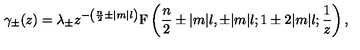
\gamma _ { \pm } ( z ) = \lambda _ { \pm } z ^ { - \left( \frac { n } 2 \pm | m | l \right) } \mathrm { F } \left( \frac { n } 2 \pm | m | l , \pm | m | l ; 1 \pm 2 | m | l ; \frac 1 z \right) ,